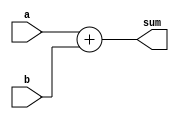
`timescale 1ns / 1ps
//////////////////////////////////////////////////////////////////////////////////
// Company: 
// Engineer: 
// 
// Design Name: 
// Module Name:    adder 
// Project Name: 
// Target Devices: 
// Tool versions: 
// Description: 
//
// Dependencies: 
//
// Revision: 
// Revision 0.01 - File Created
// Additional Comments: 
//
//////////////////////////////////////////////////////////////////////////////////
module adder(sum,a,b
    );
	 input [15:0] a,b;
	 output reg [15:0] sum;
	 always@(*)
	 begin
	 sum=a+b;
	 end


endmodule